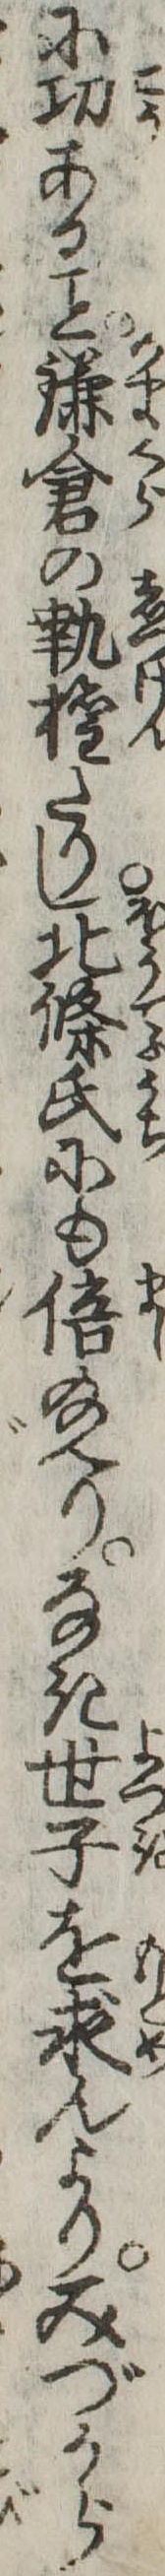
に功ある鎌倉の執権たりし北条氏にも倍給へりなき世子を求んよりみづから